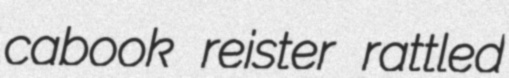
cabook reister rattled